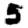
Digit: 5